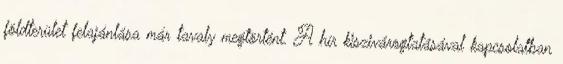
földterület felajánlása már tavaly megtörtént. A hír kiszivárogtatásával kapcsolatban